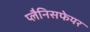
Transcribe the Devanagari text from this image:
प्लैनिसफेयर